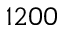
1 2 0 0